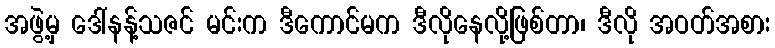
အဖွဲ့မှ ဒေါ်နန့်သဇင် မင်းက ဒီကောင်မက ဒီလိုနေလို့ဖြစ်တာ၊ ဒီလို အဝတ်အစား